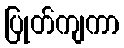
ပြုတ်ကျကာ